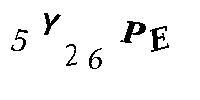
5Y26PE